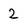
Character: 2